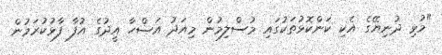
"މުޅި ދުނިޔޭގެ އެކި ކަންކޮޅުތަކުގައި މުސްލިމުން މިއަދު އަޟްހާ އީދުގެ އުފާ ފާޅުކުރަމުން